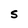
Character: S